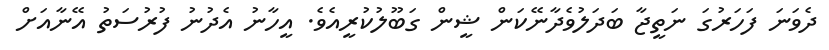
ދެވަނަ ފަހަރުގަ ނަތީޖާ ބަދަލުވެދާނޭކަން ޝީން ގަބޫލުކުރީއެވެ. އީހާނު އެދުނު ފުރުސަތު އޭނާއަށް